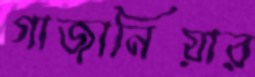
গাজানিয়ার